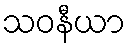
သဝနီယာ